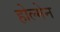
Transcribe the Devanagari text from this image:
होल्मेन